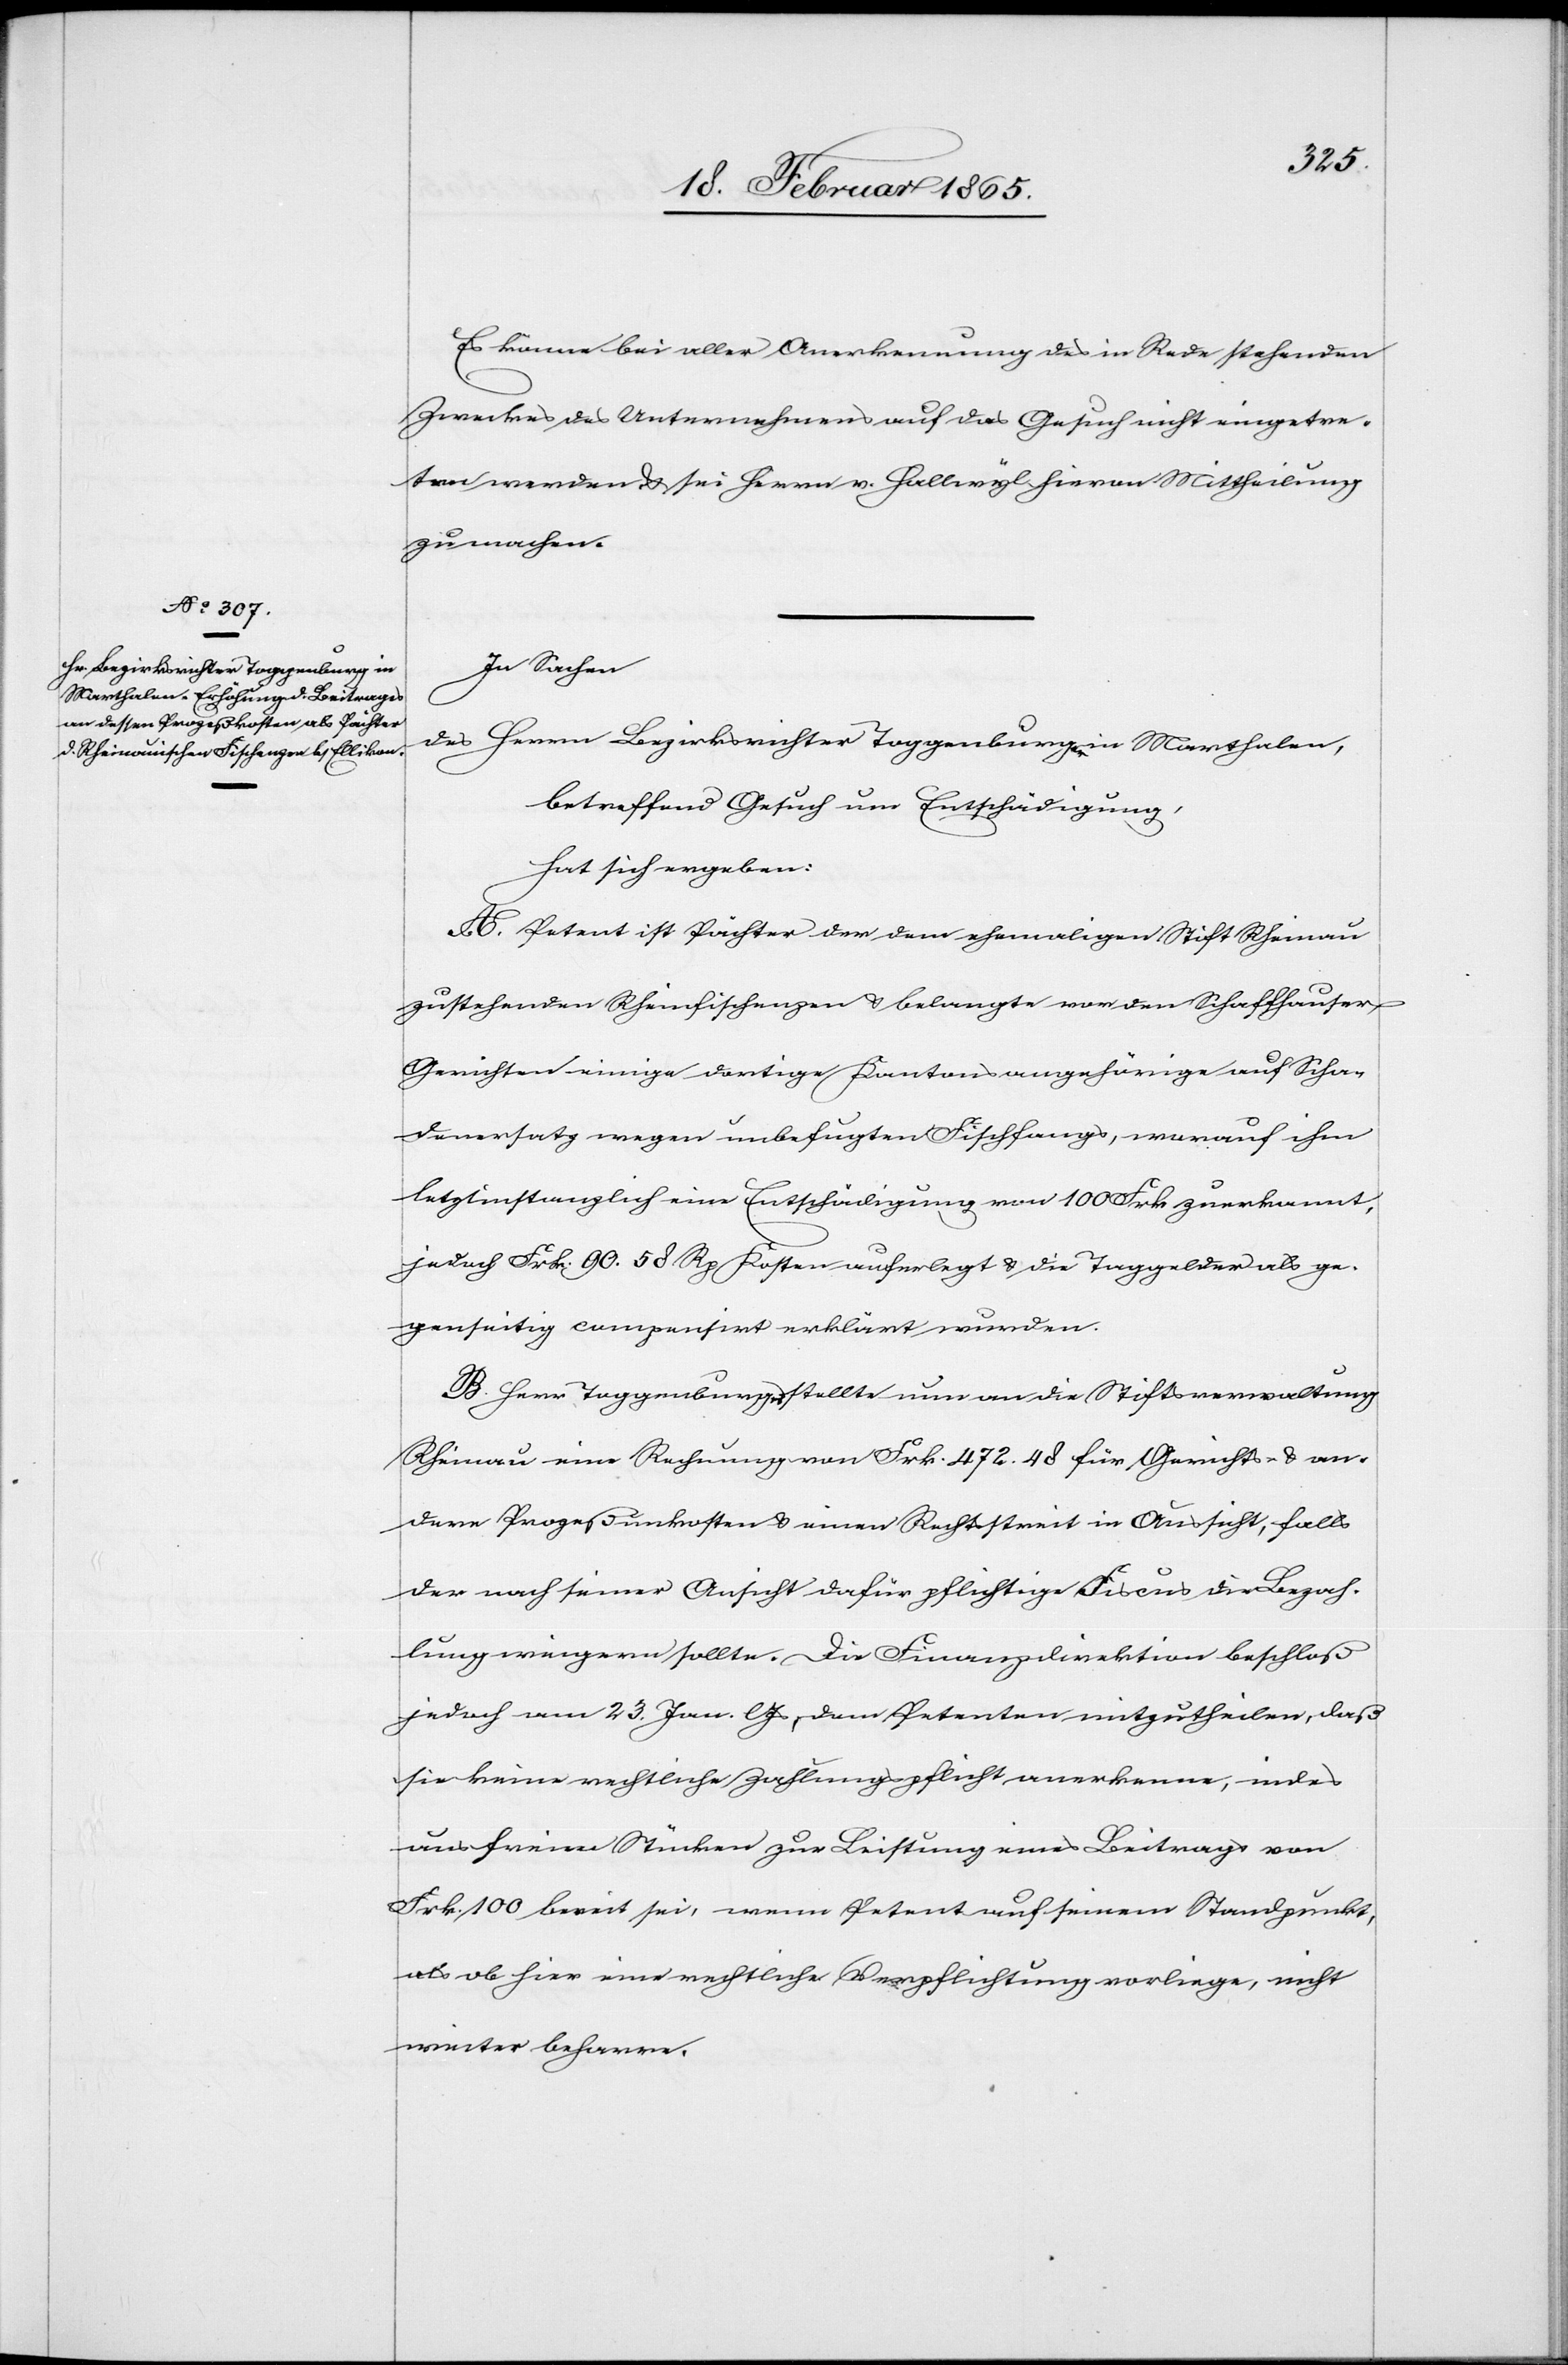
rn Bezirksrichter Toggenburger

in
Es könne bei aller Anerkennung des in Rede stehenden
Zweckes des Unternehmens auf das Gesuch nicht eingetre¬
ten werden u. sei Herrn v. Hallwyl hievon Mittheilung
zu machen.
In Sachen
Her¬
betreffend Gesuch um Entschädigung,
hat sich ergeben:
A. Petent ist Pächter der dem ehemaligen Stift Rheinau
zustehenden Rheinfischenzen u. belangte vor den Schaffhauser
Gerichten einige dortige Kantonsangehörige auf Scha¬
denersatz wegen unbefugten Fischfangs, worauf ihm
letztinstanzlich eine Entschädigung von 100 Frk zuerkannt,
jedoch Frk. 90. 58 Rp Kosten auferlegt u. die Taggelder als ge¬
genseitig compensirt erklärt wurden.
B. Herr Toggenburger stellte nun an die Stiftsverwaltung
Rheinau eine Rechnung von Frk. 472. 48 für Gerichts- u. an¬
dere Prozeßunkosten u. einen Rechtsstreit in Aussicht, falls
der nach seiner Ansicht dafür pflichtige Fiscus die Bezah¬
lung weigern sollte. Die Finanzdirektion beschloß
jedoch am 23. Jan. l Js, dem Petenten mitzutheilen, daß
sie keine rechtliche Zahlungspflicht anerkenne, indes
aus freien Stücken zur Leistung eines Beitrages von
Frk. 100 bereit sei, wenn Petent auf seinem Standpunkt,
als ob hier eine rechtliche Verpflichtung vorliege, nicht
weiter beharre.